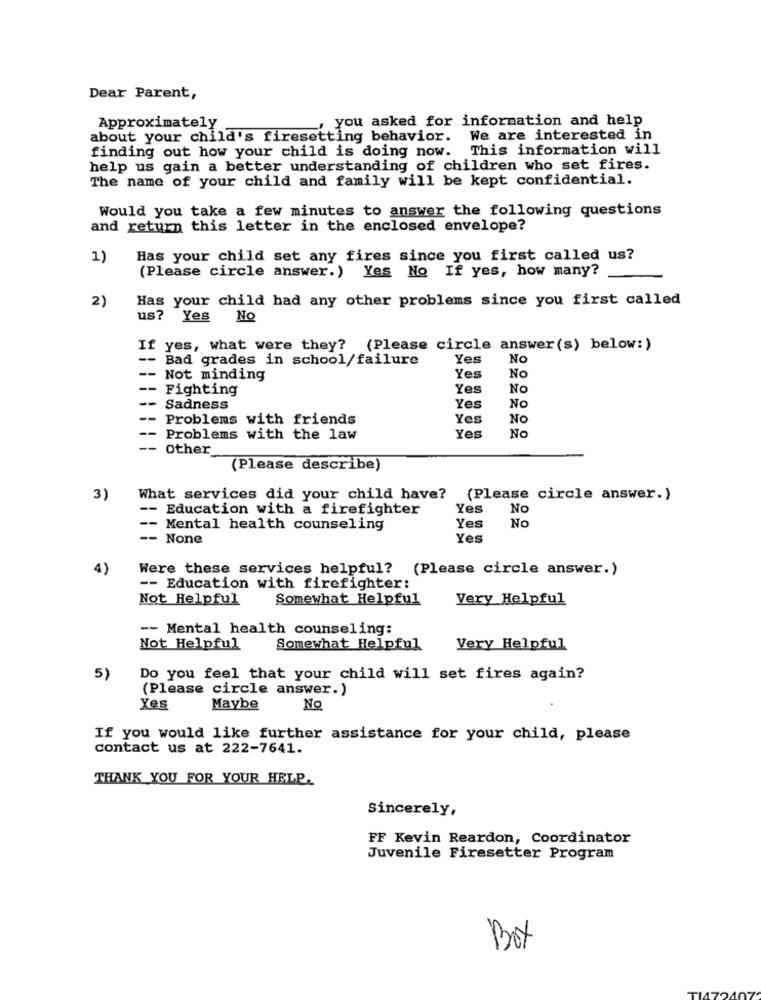
Dear Parent,
, you asked for information and help
Approximately
about your child's firesetting behavior. We are interested in
This information will
finding out how your child is doing now.
help us gain a better understanding of children who set fires.
The name of your child and family will be kept confidential.
Would you take a few minutes to answer the following questions
and return this letter in the enclosed envelope?
1)
Has your child set any fires since you first called us?
(Please circle answer.) Yes No If yes, how many?
2)
Has your child had any other problems since you first called
us? Yes
No
If yes, what were they? (Please circle answer(s) below:)
-- Bad grades in school/failure
Yes
No
-- Not minding
Yes
No
-- Fighting
Yes
No
-
Sadness
Yes
No
Problems with friends
Yes
No
No
-- Problems with the law
Yes
-- other
(Please describe)
3)
What services did your child have? (Please circle answer.)
- Education with a firefighter
Yes
No
--
No
Mental health counseling
Yes
-- None
Yes
4)
Were these services helpful? (Please circle answer.)
-- Education with firefighter:
Not Helpful
Somewhat Helpful
Very Helpful
-- Mental health counseling:
Not Helpful
Somewhat Helpful
Very Helpful
5)
Do you feel that your child will set fires again?
(Please circle answer.)
Yes
Maybe
No
If you would like further assistance for your child, please
contact us at 222-7641.
THANK YOU FOR YOUR HELP.
Sincerely,
FF Kevin Reardon, Coordinator
Juvenile Firesetter Program
Box